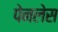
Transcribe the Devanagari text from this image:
पेनलेस